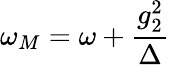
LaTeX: \omega_{M}=\omega+\frac{g_{2}^{2}}{\Delta}